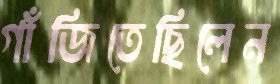
গাঁজিতেছিলেন